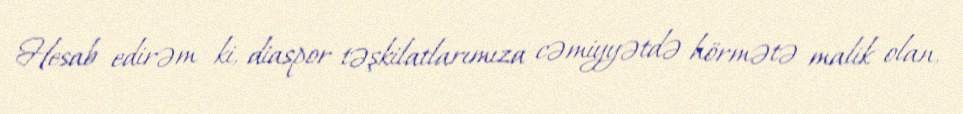
Hesab edirəm ki, diaspor təşkilatlarımıza cəmiyyətdə hörmətə malik olan,